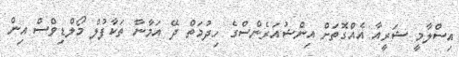
އިސްލާމީ ޝަރީއާ އެއްގޮތަށް އިންޝުއަރެންސްގެ ހިދުމަތް ދޭ އަމާނާ ތަކާފުލް މޯލްޑިވްސް އިން